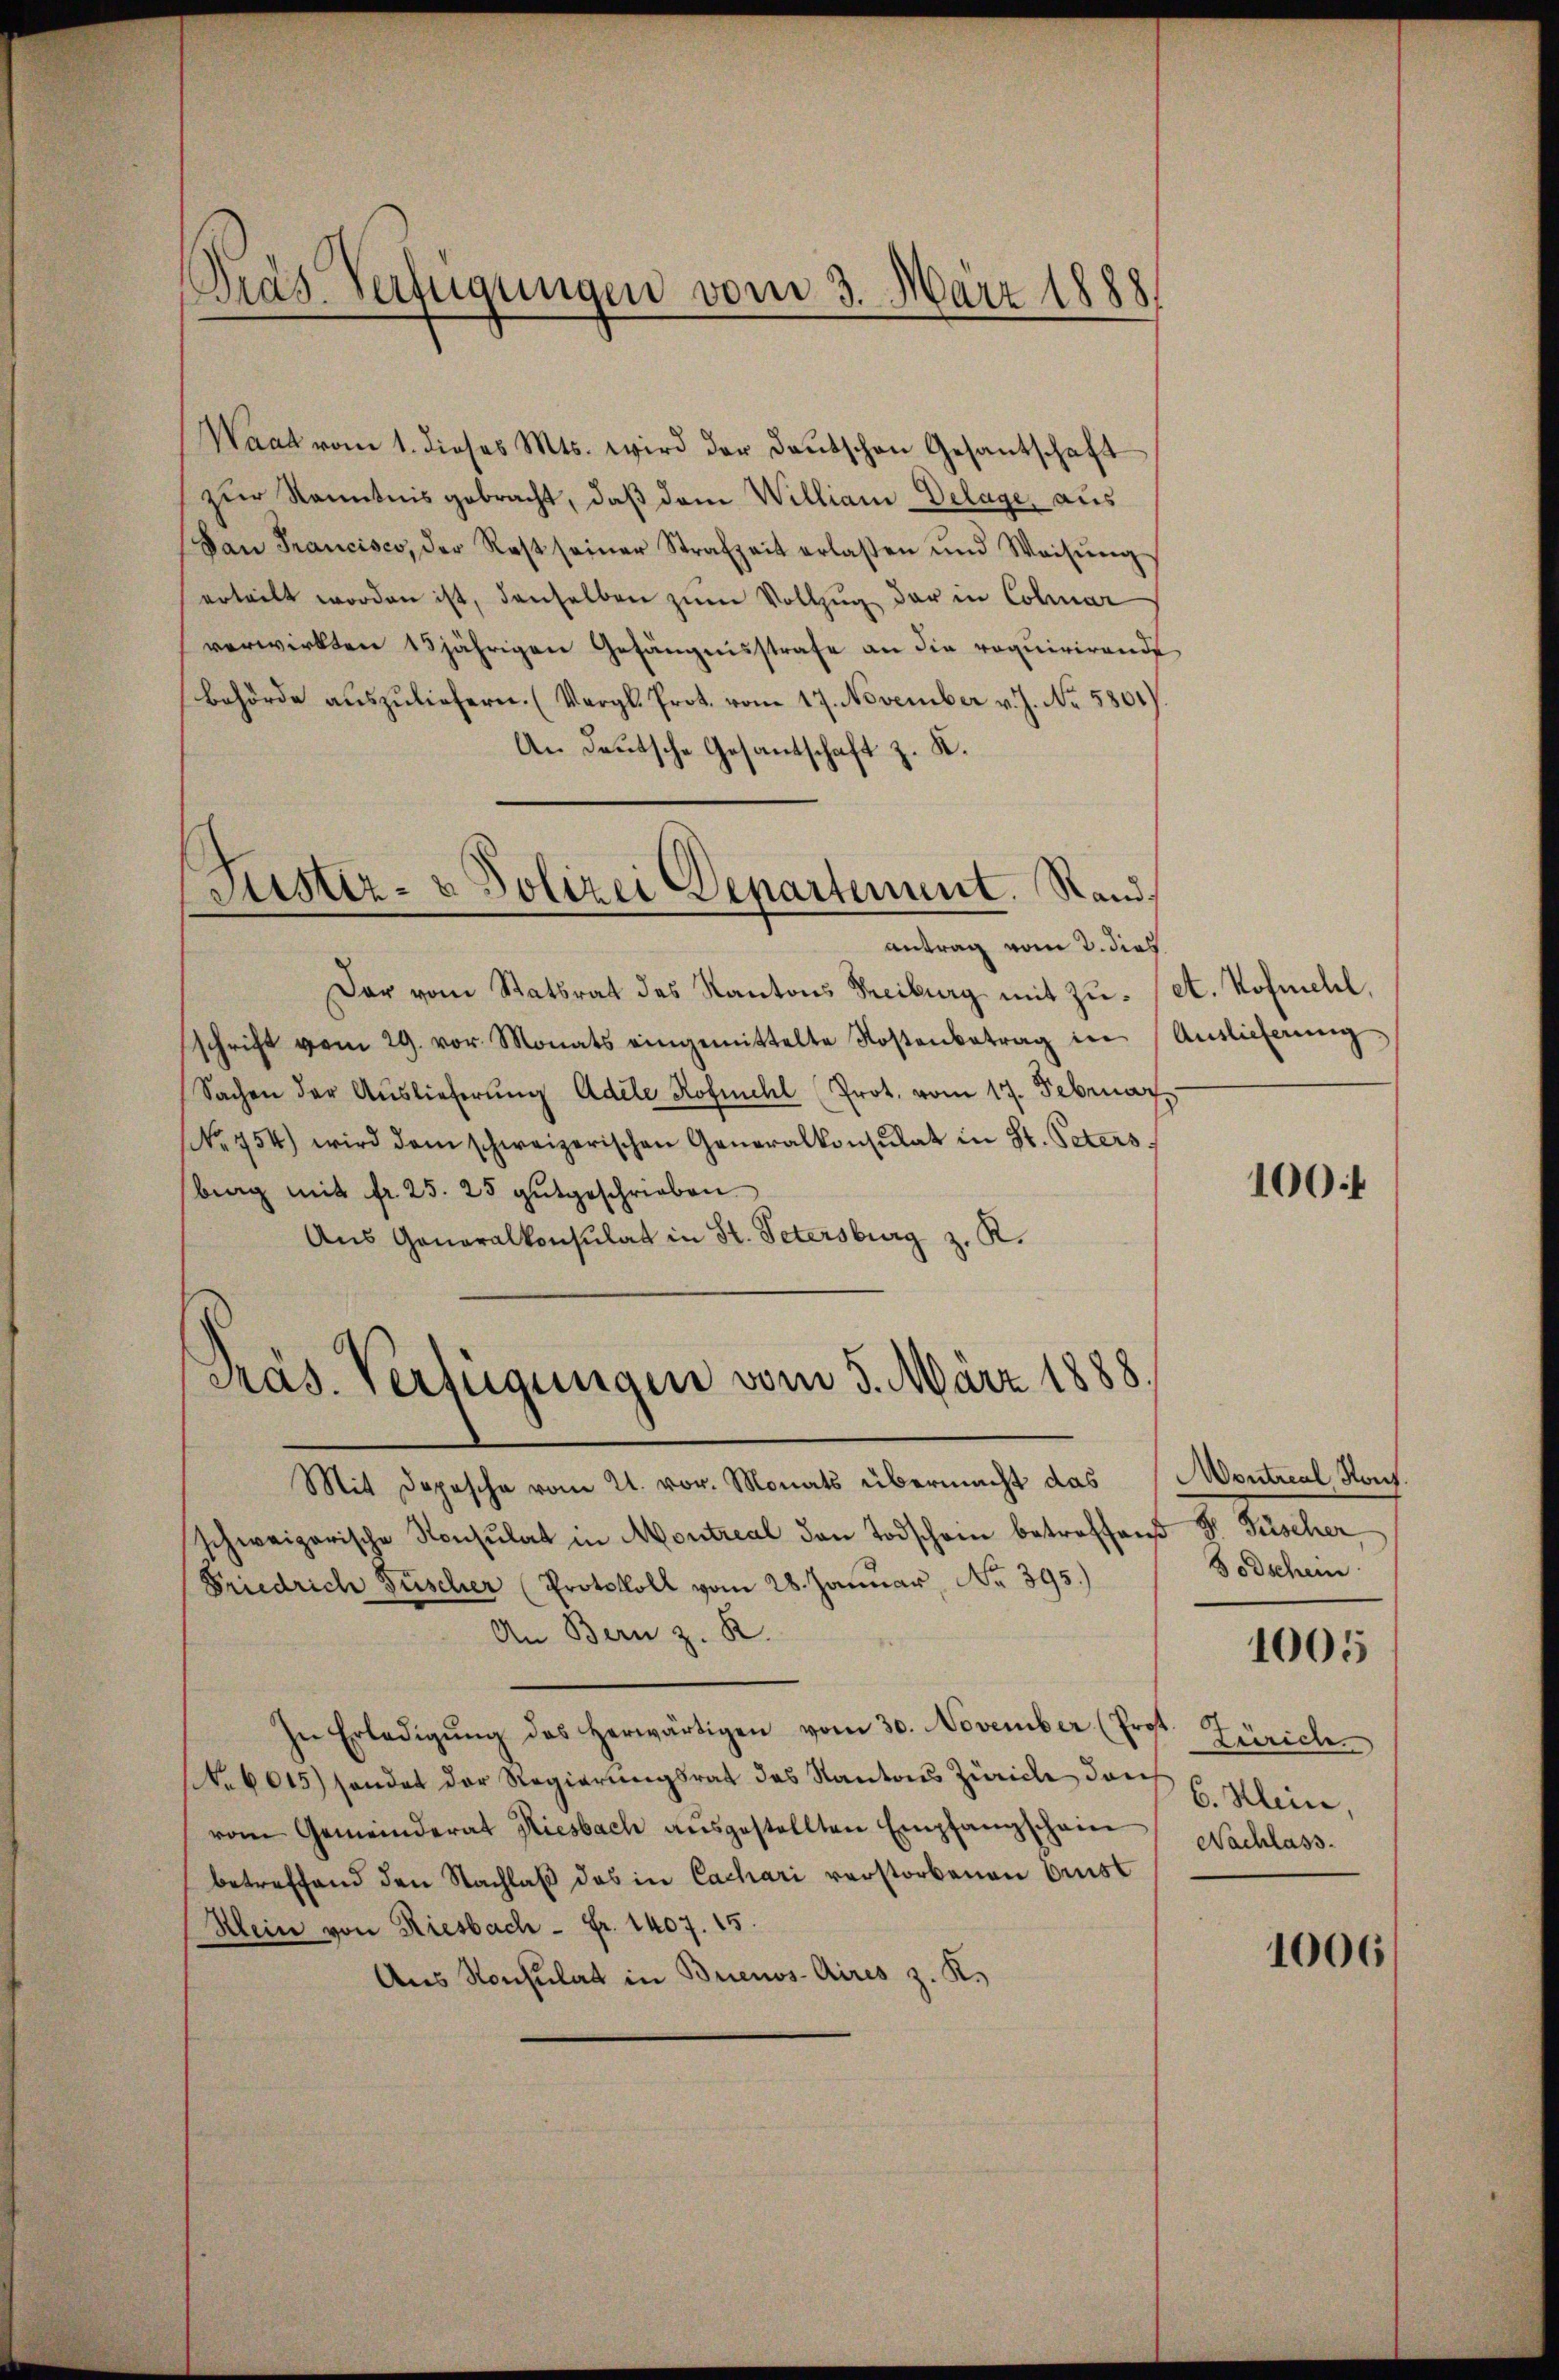
Waat vom 1. dieses Mts. wird der Deutschen Gesantschaft
zur Kenntnis gebracht, daß dem Williani-Delage, aus
Dan Francisco, der Rest seiner Strafzeit erlaßen und Weisŭng
erteilt worden ist, denselben zum Vollzug der in Colmar
verwirkten 15jährigen Gefängnisstrafe an die requirirende
Behörde auszuliefern. (Vergl. Prot. vom 17. November v. J. No. 5801)
An Deutsche Gesantschaft z. K.
Justiz- & Polizei Departement. Rand¬

Pras Verfügungen vom 3. März 1888

antrag vom 3. dies

Dar vom Statsrat des Kantons Treiburg mit Zŭ- (et. Hofmehl,
schrift vom 29. vor. Monats eingemittelte Kostenbetrag in Auslieferŭng
Sachen der Auslieferŭng Adele Kofmchl Prot. vom 17. Februar,
NNo. 454) wird dem schweizerischen Generalkonsulat in St. Peters,
brag mit fr. 25. 25 gutgeschrieben
Aus Generalkonsulat in St. Petersburg z. R.

Präs. Verfügungen vom 5. März 1888.

Mit Depesche vom 21. vor. Monats übermacht das
schweizerische Konsulat in Montreal den Todschon betreffend Dr. Fischer
Friedrich Füscher (Protokoll vom 28. Januar, No 395.)
An Bern z. R.
In Erledigŭng des herwärtigen vom 30. November (Prot
NNo. 6015) sondet der Regierŭngsrat des Kantons Zürich doch u. Klein,
vom Gemeinderat Riesbach aŭsgestellten Empfangschein Nachlass
betreffend den Nachlaß das in Cachari verstorbenen Ernst
Klein von Riesbach - Fr. 1407. 15.
Aus Konsulat in Buenos-Aires z. K.

100f

Montreal Hous
Bodschein

1005

Zürich.

1006